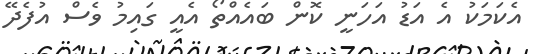
އެކަމަކު އެ އަޑު އަހަނީ ކޮން ބައެއްތޯ އެއީ ގައިމު ވެސް އުފެދޭ